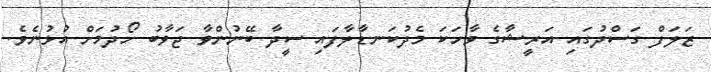
ޒަލަފް ގަސްދުގައި އަރީޝާގެ ވާހަކަ މެދުކަނޑާލާފައި ސީދާ ބޭނުންވާ ޖަވާބު ހޯދުމަށް އުޅުނެވެ.